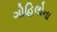
ગોહિલોના